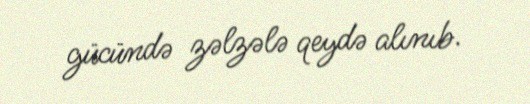
gücündə zəlzələ qeydə alınıb.